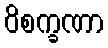
ဝိစက္ခဏာ